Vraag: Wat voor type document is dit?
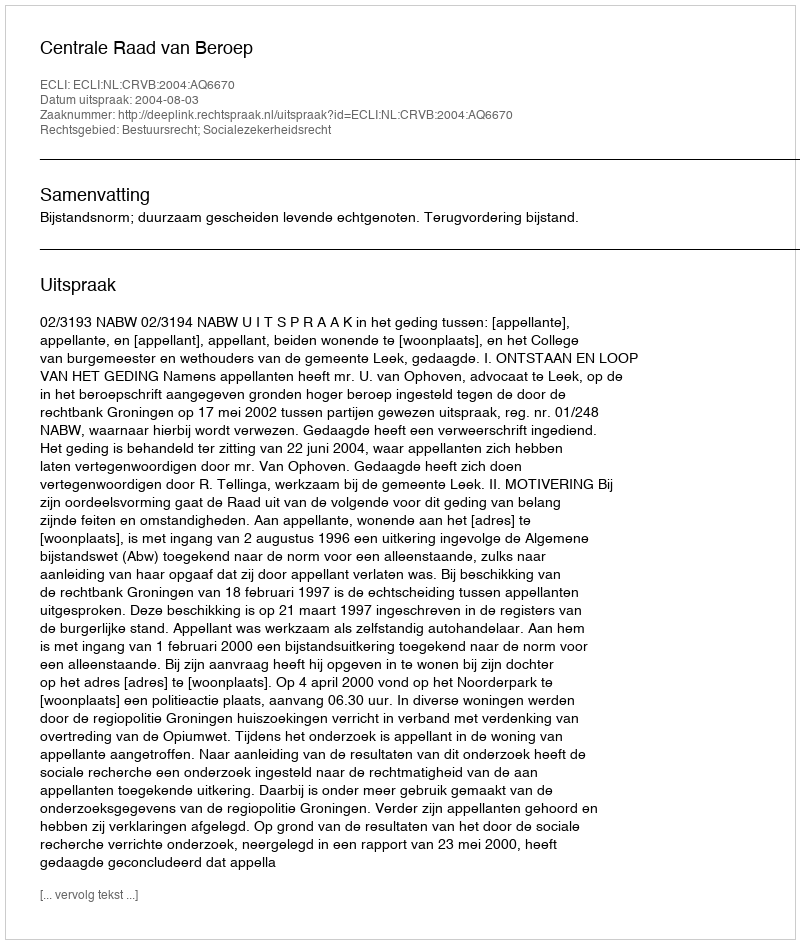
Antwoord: Uitspraak